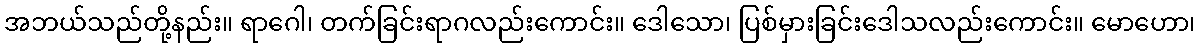
အဘယ်သည်တို့နည်း။ ရာဂေါ၊ တက်ခြင်းရာဂလည်းကောင်း။ ဒေါသော၊ ပြစ်မှားခြင်းဒေါသလည်းကောင်း။ မောဟော၊